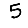
Digit: 5